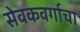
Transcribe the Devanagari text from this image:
सेवकवर्गाचा